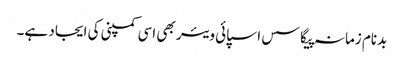
بدنام زمانہ پیگاسس اسپائی ویئر بھی اسی کمپنی کی ایجاد ہے۔